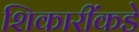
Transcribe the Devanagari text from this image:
शिकारींकडे